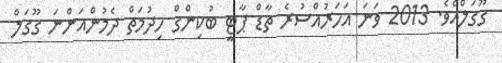
ގޫގަލްއެވެ. 2013 ވަނަ އަހަރުއްސުރެ ތާޑް ޕާޓީ ބުކިންގް ހިދުމަތް ދެމުންއަންނަ ގޫގަލް